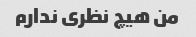
من هیچ نظری ندارم